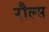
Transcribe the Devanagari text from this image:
रौल्स